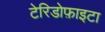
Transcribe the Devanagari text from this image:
टेरिडोफ़ाइटा